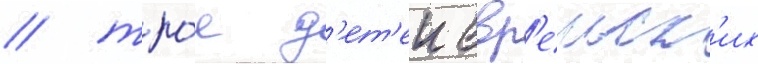
/ тро́е д'ет'еи евр'еиск'их